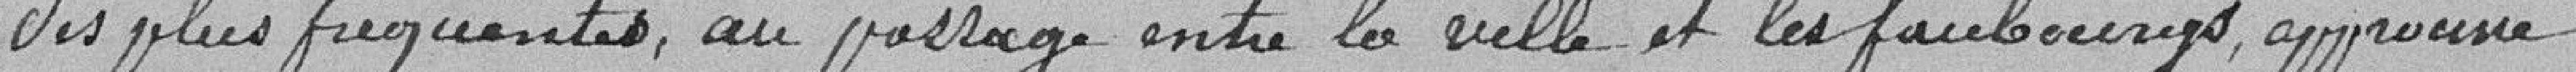
des plus fréquentés, au passage entre la Ville et les faubourgs, Approuve.